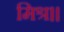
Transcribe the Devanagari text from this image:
मिश्र।।